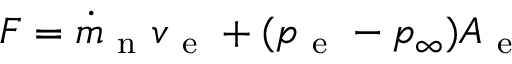
F = \dot { m } _ { \mathrm { ~ n ~ } } v _ { \mathrm { ~ e ~ } } + ( p _ { \mathrm { ~ e ~ } } - p _ { \infty } ) A _ { \mathrm { ~ e ~ } }